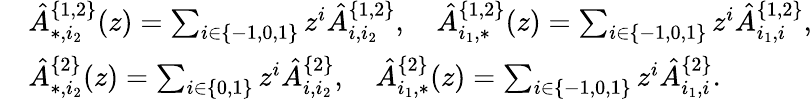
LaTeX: \begin{array}{rl}&{\hat{A}_{*,i_{2}}^{\{ 1,2\} }(z)=\sum_{i\in\{ -1,0,1\} }z^{i}\hat{A}_{i,i_{2}}^{\{ 1,2\} },\quad\hat{A}_{i_{1},*}^{\{ 1,2\} }(z)=\sum_{i\in\{ -1,0,1\} }z^{i}\hat{A}_{i_{1},i}^{\{ 1,2\} },}\\ &{\hat{A}_{*,i_{2}}^{\{ 2\} }(z)=\sum_{i\in\{ 0,1\} }z^{i}\hat{A}_{i,i_{2}}^{\{ 2\} },\quad\hat{A}_{i_{1},*}^{\{ 2\} }(z)=\sum_{i\in\{ -1,0,1\} }z^{i}\hat{A}_{i_{1},i}^{\{ 2\} }.}\end{array}